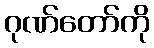
ဂုဏ်တော်ကို